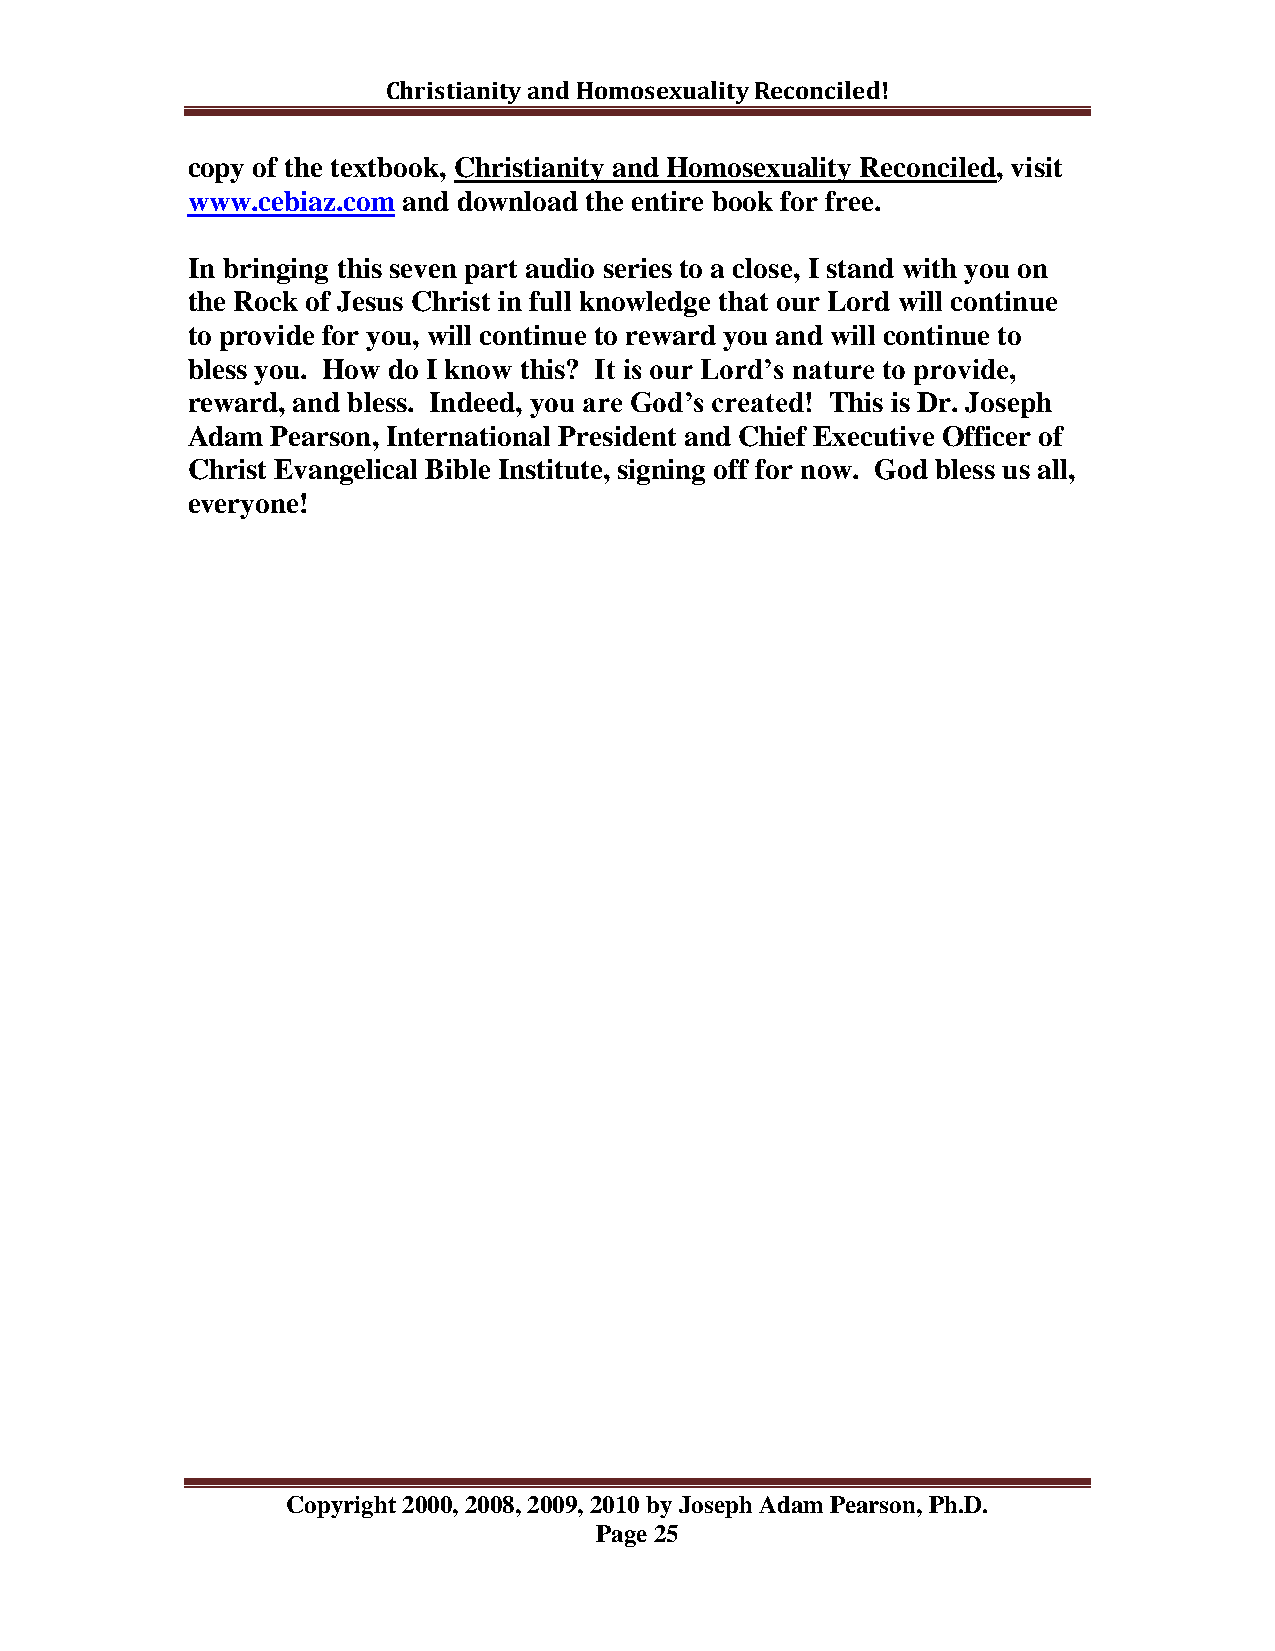
Christianity and Homosexuality Reconciled!
 copy of the textbook, Christianity and Homosexuality Reconciled, visit
 www.cebiaz.com and download the entire book for free.
 In bringing this seven part audio series to a close, I stand with you on
 the Rock of Jesus Christ in full knowledge that our Lord will continue
 to provide for you, will continue to reward you and will continue to
 bless you. How do I know this? It is our Lord‟s nature to provide,
 reward, and bless. Indeed, you are God‟s created! This is Dr. Joseph
 Adam  Pearson, International President and Chief Executive Officer of
 Christ Evangelical Bible Institute, signing off for now. God bless us all,
 everyone!
 Copyright 2000, 2008, 2009, 2010 by Joseph Adam Pearson, Ph.D.
 Page 25